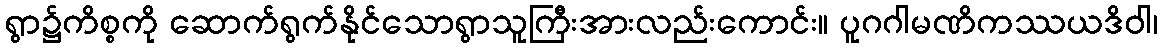
ရွာ၌ကိစ္စကို ဆောက်ရွက်နိုင်သောရွာသူကြီးအားလည်းကောင်း။ ပူဂဂါမဏိကဿယဒိဝါ၊